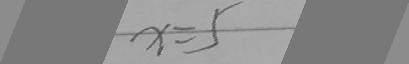
x = 5